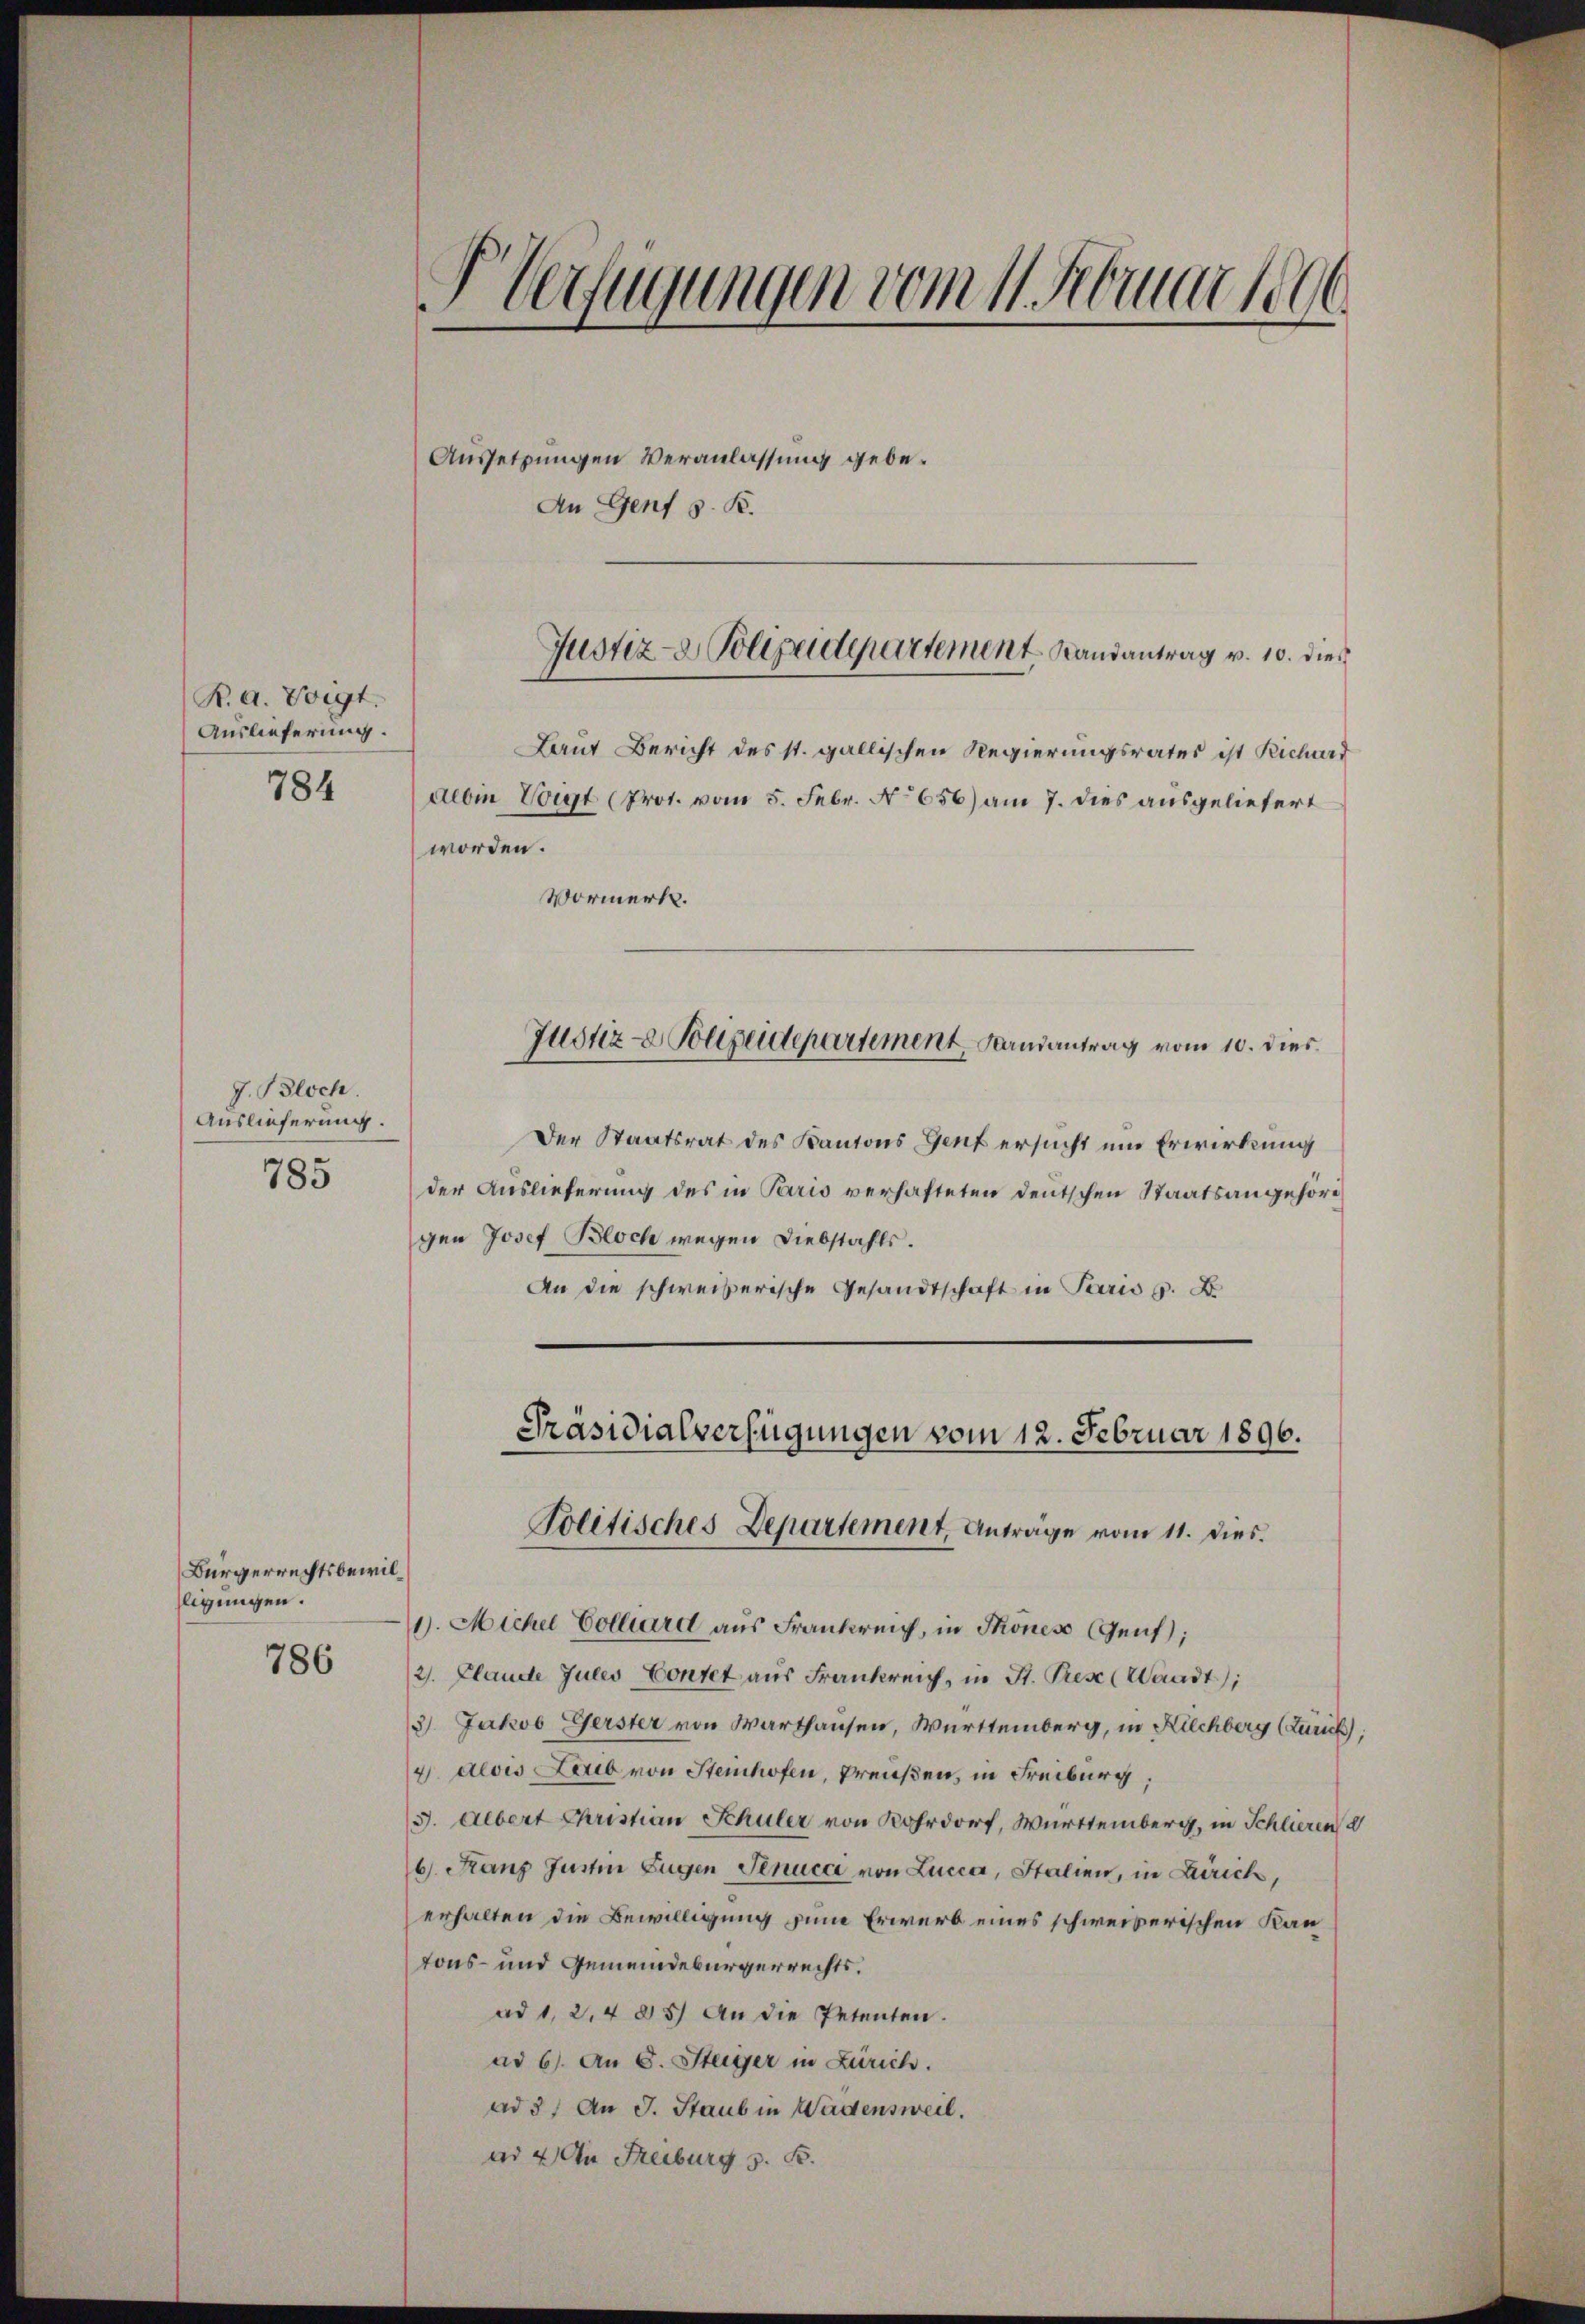
R. a. Voigt.
Auslieferung.
784

J. Bloch
Auslieferung.
785

ligungen.

Aussetzungen Veranlassung gebe¬
An Genf z. B.

Laut Bericht des st. gallischen Regierungsrates ist Richard
alben Voigt (Prot. vom 5. Febr. No 656) am 7. dies ausgeliefert
worden.
Vormerk.
Der Staatsrat des Kantons Genf ersucht um Erwirkung
der Auslieferung des in Paris verhafteten Deutschen Staatsangehörd
gen Josef Bloch wegen Diebstahls.
An die schweizerische Gesandtschaft in Paris G. B.
Präsidialverfügungen vom 12. Februar 1896.
Politisches Departement, Antrage vom 11. dies
Bürgerrechtsbewil¬
1). Miche Collard aus Frankreich, in Thones Genf);
786
/21. Flande Julis Contet aus Frankreich, in St. Prese (Waadt);
3) Jakob Gerster von Warthausen, Württemberg, in Kilchberg (Zürich,
4. Alois Laub von Steinhofen, Preußen, in Freiburg,
3. Albert Christian Schuler von Kahrdorf, Württemberg, in Schlieren
6. Kanz Justin Eugen Senucci von Lucca, Stalien, in Zürich,
erhalten die Bewilligung zum Erwerb eines schweizerischen Kantons- und Gemeindebürgerrechts.
ad 1, 24 25) An die Petenten.
ad 6. An S. Steiger in Zürich.
ad 3. An J. Staub in Wädensweil.
ad 2. An Freiburg z. B.

Verfügungen vom 11. Februar 1806.

Justiz- & Polizeidepartement. Landantrag v. 10. dies

Justiz- & Polizeidepartement Landantrag vom 10. dies